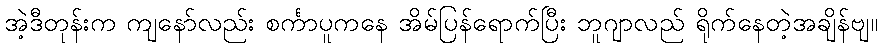
အဲ့ဒီတုန်းက ကျနော်လည်း စင်္ကာပူကနေ အိမ်ပြန်ရောက်ပြီး ဘူဂျာလည် ရိုက်နေတဲ့အချိန်ဗျ။